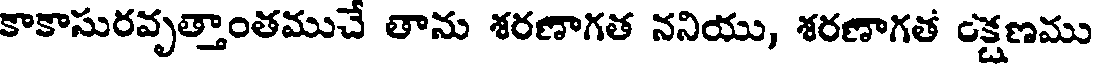
కాకాసురవృత్తాంతముచే తాను శరణాగత ననియు, శరణాగత క్షణము